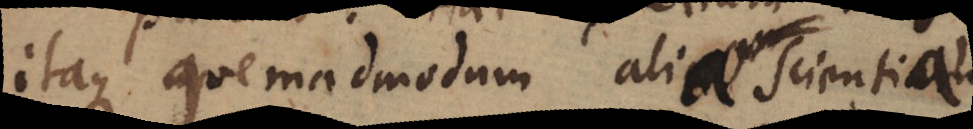
itaque quemadmodum aliae scientiae